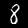
Label: 8